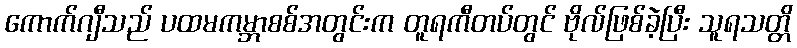
ကောက်ဂျီသည် ပထမကမ္ဘာစစ်အတွင်းက တူရကီတပ်တွင် ဗိုလ်ဖြစ်ခဲ့ပြီး သူရသတ္တိ